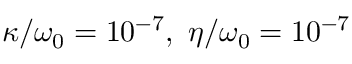
\kappa / \omega _ { 0 } = 1 0 ^ { - 7 } , \ \eta / \omega _ { 0 } = 1 0 ^ { - 7 }